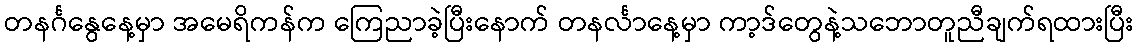
တနင်္ဂနွေနေ့မှာ အမေရိကန်က ကြေညာခဲ့ပြီးနောက် တနင်္လာနေ့မှာ ကာ့ဒ်တွေနဲ့သဘောတူညီချက်ရထားပြီး